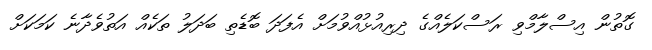
ގޮތުން އިސްލާމްވި ރަސްކަލެއްގެ ދިރިއުޅުއްވުމަށް އެފަދަ ބޮޑެތި ބަދަލު ތަކެއް އަތުވެދާނެ ކަމަކަށް